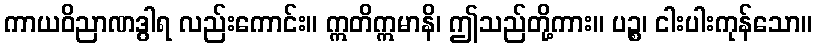
ကာယဝိညာဏဒွါရ လည်းကောင်း။ ဣတိဣမာနိ၊ ဤသည်တို့ကား။ ပဉ္စ၊ ငါးပါးကုန်သော။